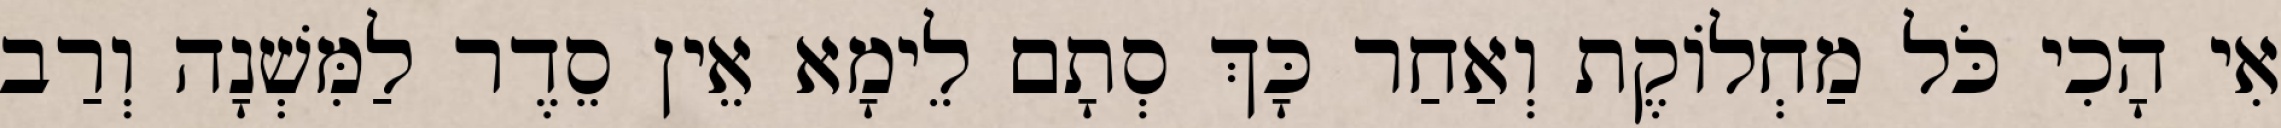
אִי הָכִי כֹּל מַחְלוֹקֶת וְאַחַר כָּךְ סְתָם לֵימָא אֵין סֵדֶר לַמִּשְׁנָה וְרַב